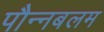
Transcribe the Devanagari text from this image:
पौन्नबलम